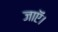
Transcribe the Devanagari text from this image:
जाऍं।